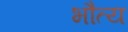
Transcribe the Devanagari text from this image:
भौत्य